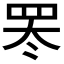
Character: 𬙛